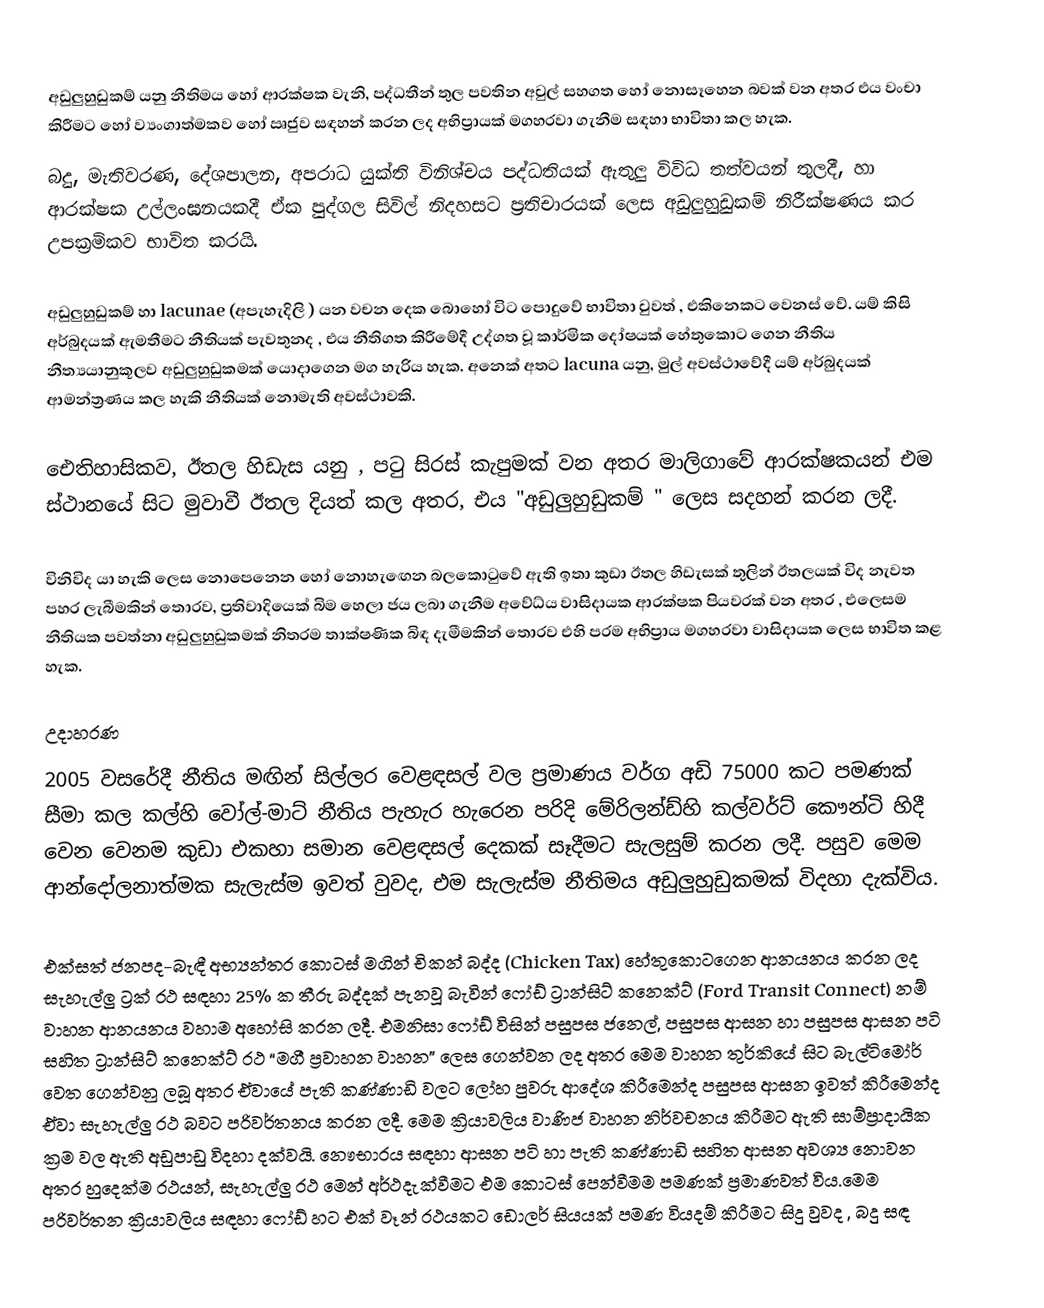
අඩුලුහුඩුකම් යනු නීතිමය හෝ ආරක්ෂක වැනි, පද්ධතීන් තුල පවතින අවුල් සහගත හෝ නොසෑහෙන බවක් වන අතර එය වංචා කිරීමට හෝ ව්‍යංගාත්මකව හෝ ඍජුව සඳහන් කරන ලද අභිප්‍රායක්  මගහරවා ගැනීම සඳහා භාවිතා කල හැක.
බදු, මැතිවරණ, දේශපාලන, අපරාධ යුක්ති විනිශ්චය පද්ධතියක් ඇතුලු විවිධ  තත්වයන් තුලදී, හා ආරක්ෂක උල්ලංඝනයකදී ඒක පුද්ගල සිවිල් නිදහසට ප්‍රතිචාරයක් ලෙස අඩුලුහුඩුකම් නිරීක්ෂණය කර උපක්‍රමිකව භාවිත කරයි. 

අඩුලුහුඩුකම් හා lacunae (අපැහැදිලි ) යන වචන දෙක බොහෝ විට පොදුවේ භාවිතා වුවත් , එකිනෙකට වෙනස් වේ. යම් කිසි අර්බුදයක් ඇමතීමට  නීතියක් පැවතුනද , එය නීතිගත  කිරීමේදී උද්ගත වූ කාර්මික දෝෂයක් හේතුකොට ගෙන නීතිය නීත්‍යයානුකූලව අඩුලුහුඩුකමක් යොදාගෙන මග හැරිය හැක. අනෙක් අතට  lacuna යනු, මුල් අවස්ථාවේදී යම් අර්බුදයක් ආමන්ත්‍රණය කල හැකි නීතියක් නොමැති අවස්ථාවකි.

ඓතිහාසිකව, ඊතල හිඩැස යනු , පටු සිරස් කැපුමක් වන අතර මාලිගාවේ ආරක්ෂකයන් එම  ස්ථානයේ සිට මුවාවී ඊතල දියත් කල අතර, එය  "අඩුලුහුඩුකම් " ලෙස සදහන් කරන ලදී. 

විනිවිද යා හැකි ලෙස නොපෙනෙන හෝ නොහැඟෙන බලකොටුවේ ඇති ඉතා කුඩා  ඊතල හිඩැසක් තුලින් ඊතලයක් විද  නැවත පහර ලැබීමකින් තොරව, ප්‍රතිවාදියෙක් බිම හෙලා ජය ලබා ගැනීම අවේධ්ය  වාසිදායක ආරක්ෂක පියවරක් වන අතර , එලෙසම නීතියක පවත්නා  අඩුලුහුඩුකමක් නිතරම  තාක්ෂණික බිඳ දැමීමකින් තොරව එහි පරම අභිප්‍රාය මගහරවා වාසිදායක ලෙස  භාවිත කළ හැක.

උදාහරණ 
 2005 වසරේදී නීතිය මඟින් සිල්ලර වෙළඳසල් වල ප්‍රමාණය වර්ග අඩි 75000 කට පමණක් සීමා කල කල්හි වෝල්-මාට් නීතිය පැහැර හැරෙන පරිදි මේරිලන්ඩ්හි  කල්වර්ට් කෞන්ටි  හිදී වෙන වෙනම කුඩා එකහා සමාන වෙළඳසල් දෙකක්  සෑදීමට සැලසුම් කරන ලදී. පසුව මෙම ආන්දෝලනාත්මක සැලැස්ම ඉවත් වුවද, එම සැලැස්ම  නීතිමය අඩුලුහුඩුකමක් විදහා දැක්විය.

 එක්සත් ජනපද-බැඳී අභ්‍යන්තර කොටස් මගින් චිකන් බද්ද (Chicken Tax) හේතුකොටගෙන ආනයනය කරන ලද සැහැල්ලු ට්‍රක් රථ සඳහා 25% ක තීරු බද්දක් පැනවූ බැවින් ෆෝඩ් ට්‍රාන්සිට් කනෙක්ට් (Ford Transit Connect) නම් වාහන ආනයනය වහාම අහෝසි කරන ලදී. එමනිසා ෆෝඩ් විසින් පසුපස ජනෙල්, පසුපස ආසන හා පසුපස ආසන පටි සහිත ට්‍රාන්සිට් කනෙක්ට් රථ “මගී ප්‍රවාහන වාහන” ලෙස ගෙන්වන ලද අතර  මෙම වාහන තුර්කියේ සිට බැල්ටිමෝර් වෙත ගෙන්වනු ලබූ අතර ඒවායේ පැති කණ්ණාඩි වලට ලෝහ පුවරු ආදේශ කිරීමෙන්ද පසුපස ආසන ඉවත් කිරීමෙන්ද  ඒවා සැහැල්ලු රථ බවට පරිවර්තනය කරන ලදී. මෙම ක්‍රියාවලිය වාණිජ වාහන නිර්වචනය කිරීමට ඇති  සාම්ප්‍රාදායික ක්‍රම වල ඇති  අඩුපාඩු විදහා දක්වයි. නෞභාරය සඳහා ආසන පටි හා පැති කණ්ණාඩි සහිත ආසන අවශ්‍ය නොවන අතර හුදෙක්ම රථයන්, සැහැල්ලු රථ මෙන් අර්ථදැක්වීමට එම කොටස් පෙන්වීමම පමණක් ප්‍රමාණවත් විය.මෙම පරිවර්තන ක්‍රියාවලිය සඳහා ෆෝඩ් හට එක් වෑන් රථයකට ඩොලර් සියයක් පමණ වියදම් කිරීමට සිදු වුවද , බදු සඳ